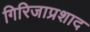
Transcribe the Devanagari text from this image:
गिरिजाप्रशाद